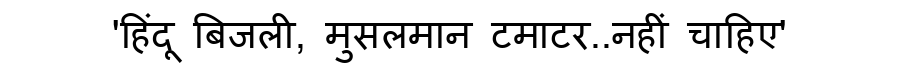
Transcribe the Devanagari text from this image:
'हिंदू बिजली, मुसलमान टमाटर..नहीं चाहिए'